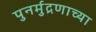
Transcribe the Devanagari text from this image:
पुनर्मुद्रणाच्या